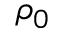
\rho _ { 0 }